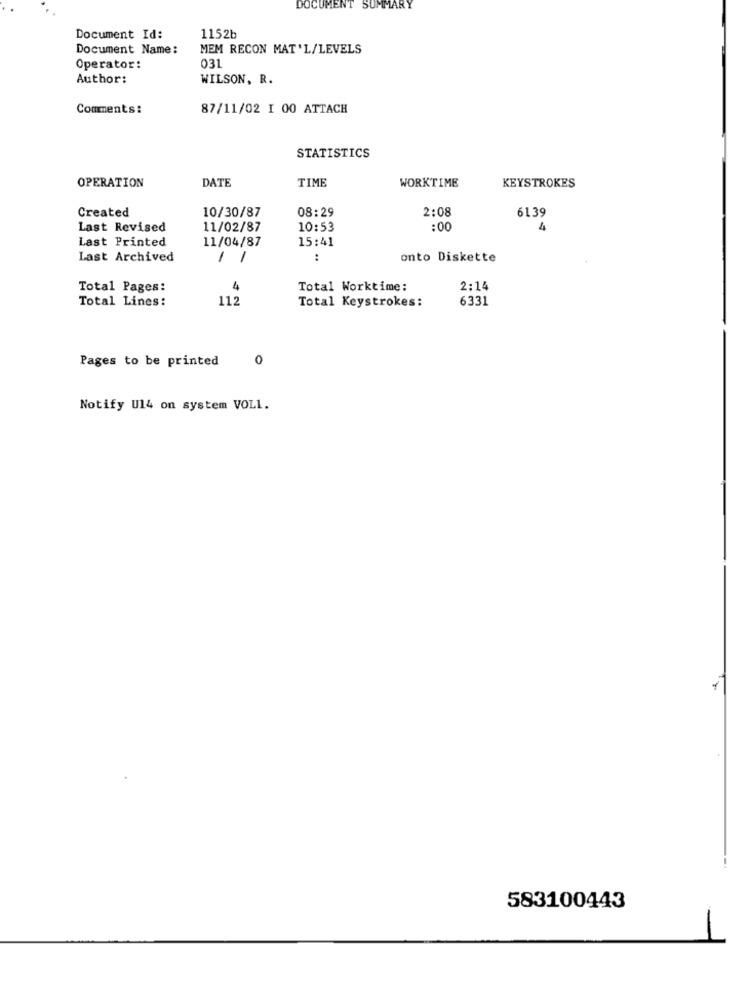
DOCUMENT SUMMARY
Document Id:
1152b
Document Name:
MEM RECON MAT'L/LEVELS
031
Operator:
Author:
WILSON, R.
Comments:
87/11/02 1 00 ATTACH
STATISTICS
DATE
OPERATION
TIME
WORKTIME
KEYSTROKES
Created
10/30/87
08:29
2:08
6139
Last Revised
11/02/87
10:53
:00
4
11/04/87
15:41
Last Printed
Last Archived
-
:
onto Diskette
Total Pages:
4
Total Worktime:
2:14
Total Lines:
112
Total Keystrokes:
6331
Pages to be printed
0
Notify U14 on system VOLL.
583100443
-